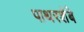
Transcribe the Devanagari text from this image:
पाथरशेंबे